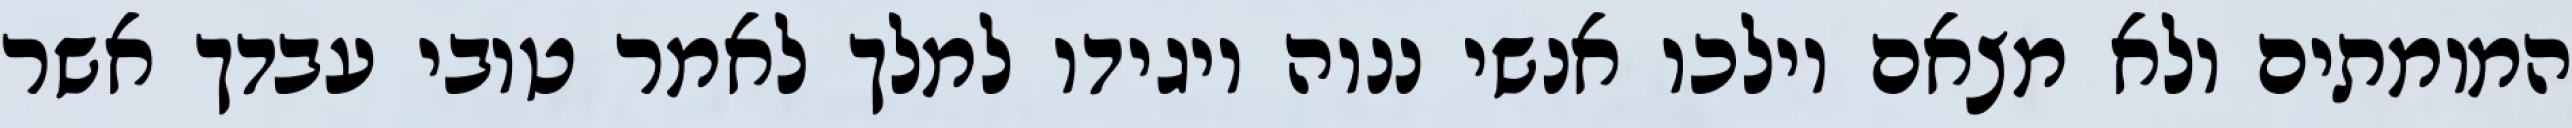
המומתים ולא מצאם וילכו אנשי ננוה ויגידו למלך לאמר טובי עבדך אשר